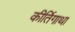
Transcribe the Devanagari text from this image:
कीर्तिगाथा